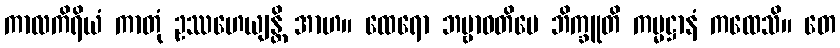
ကာလကိရိယံ ကာတုံ ဥဿဟေယျန္တိ အာဟ။ ထေရော ဘဗ္ဗာဝတိမေ ဘိက္ခူတိ ကမ္မဋ္ဌာနံ ကထေသိ။ တေ